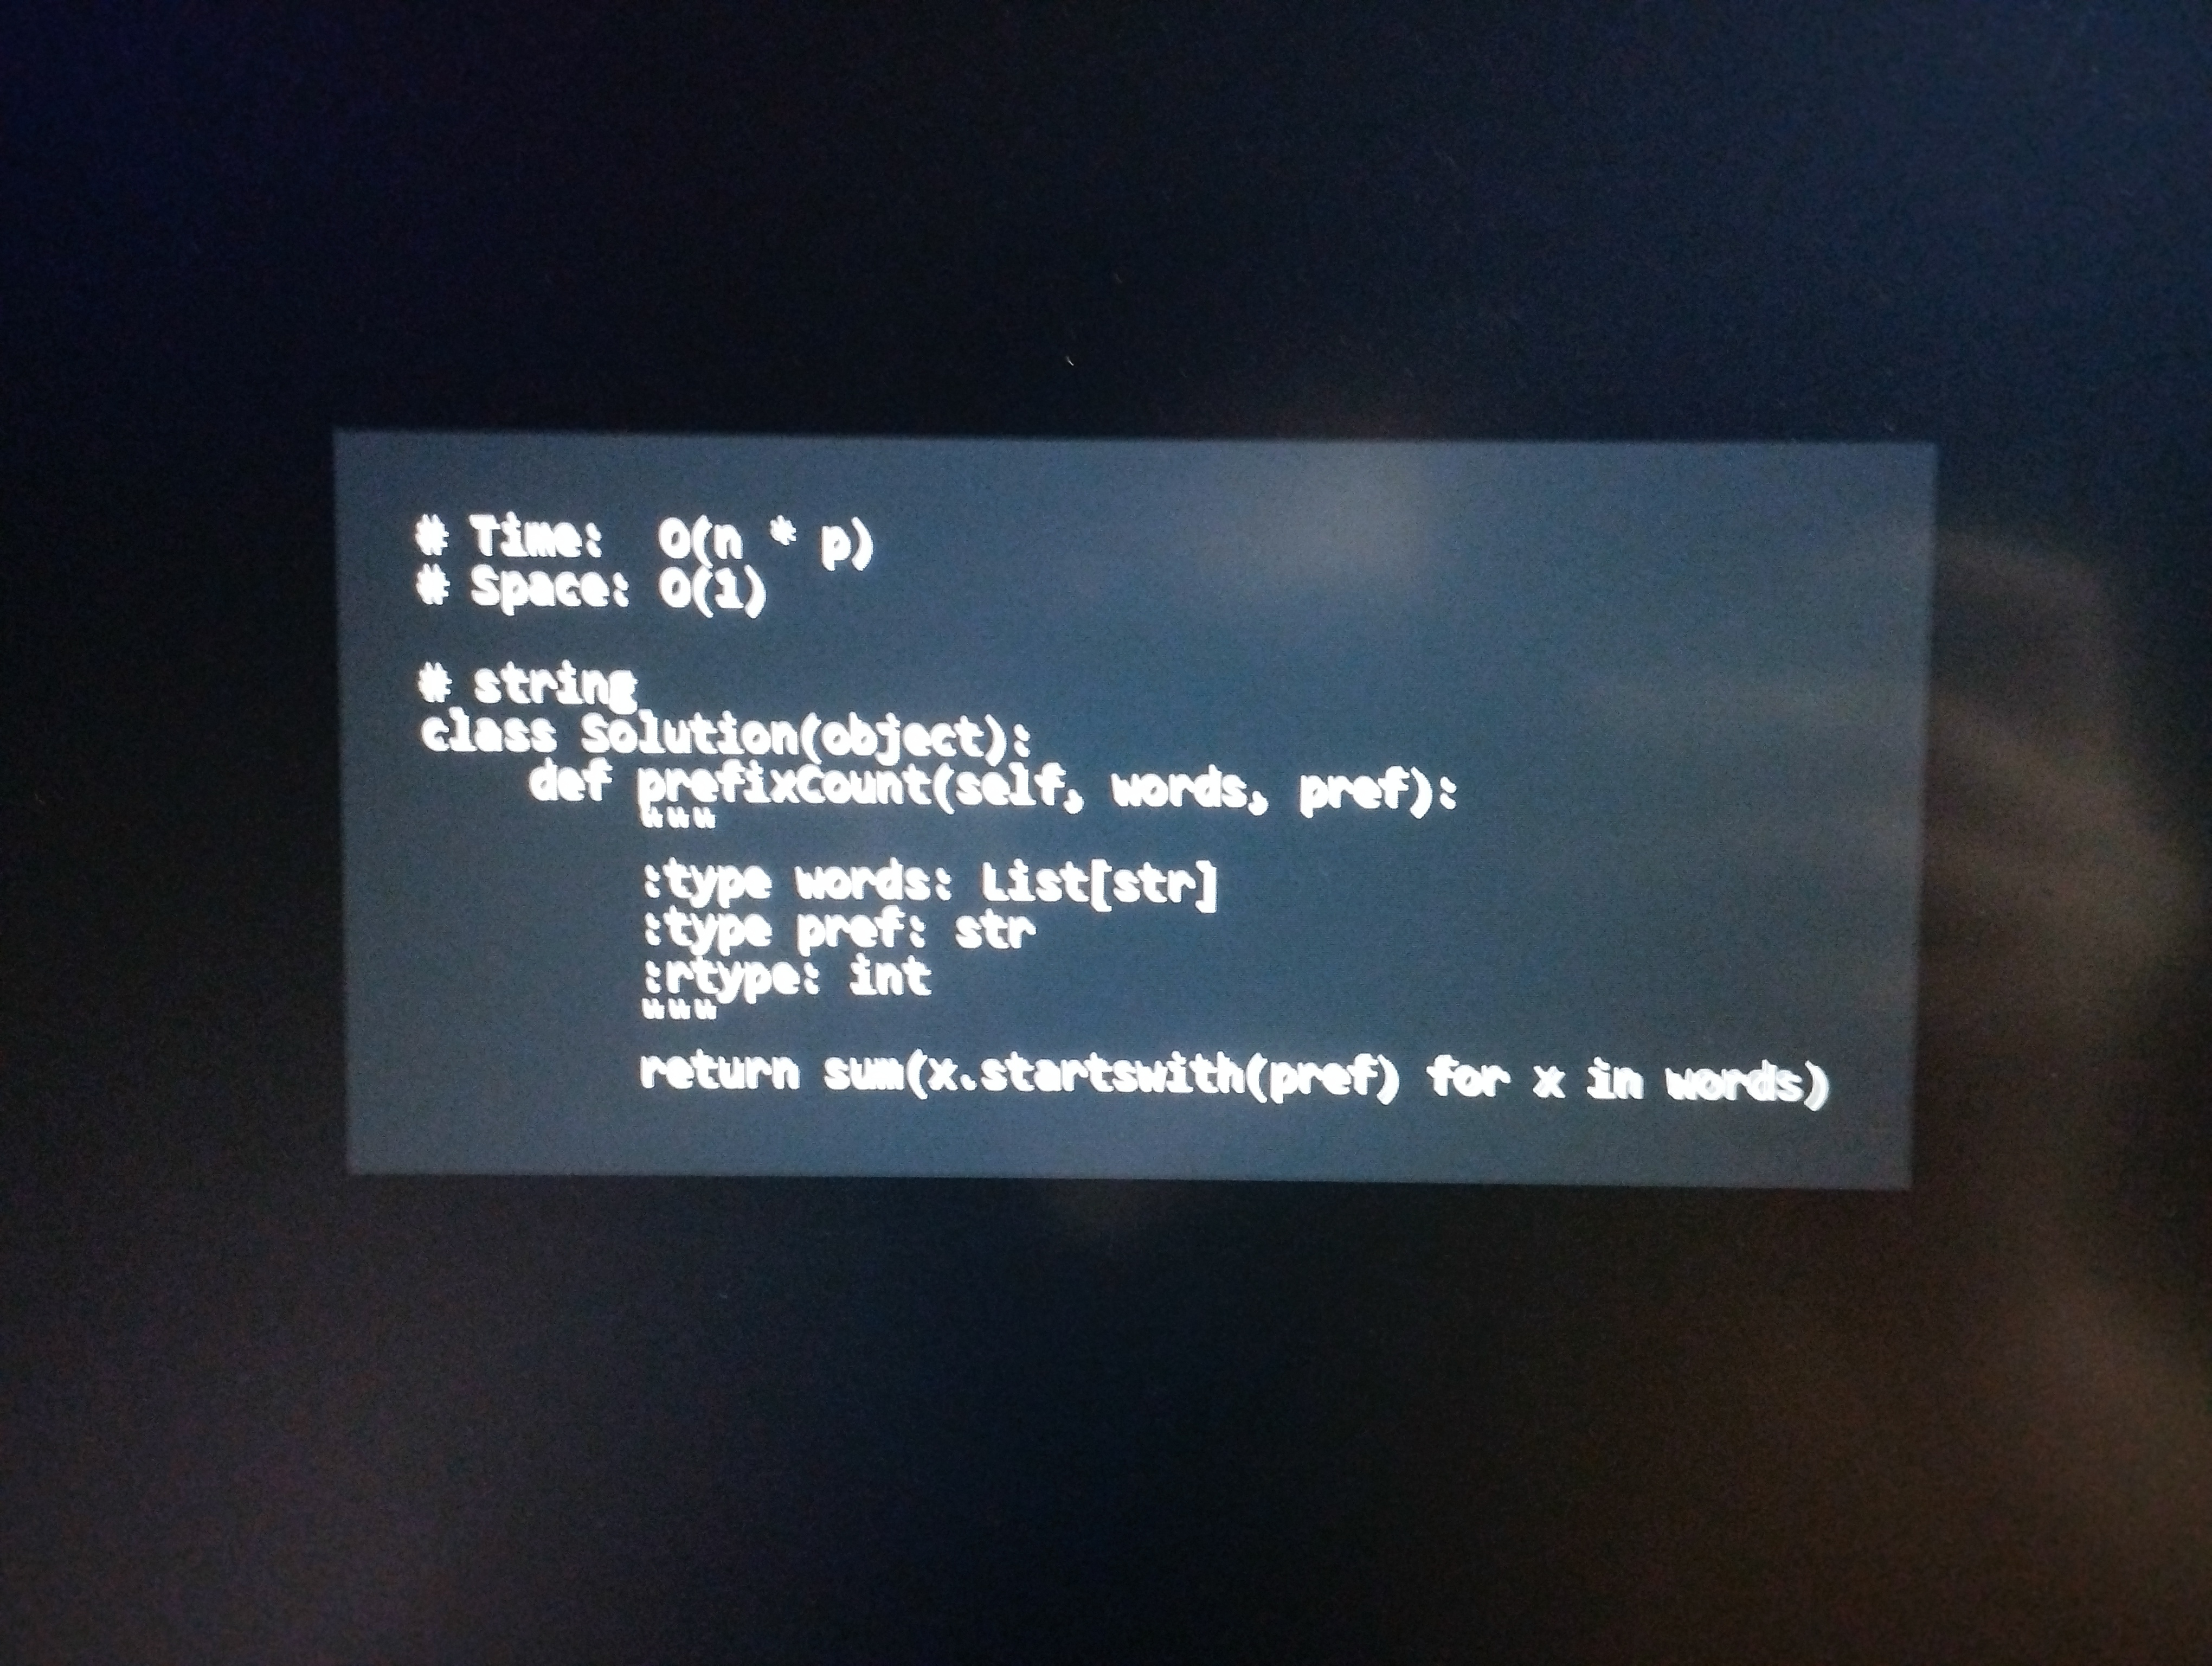
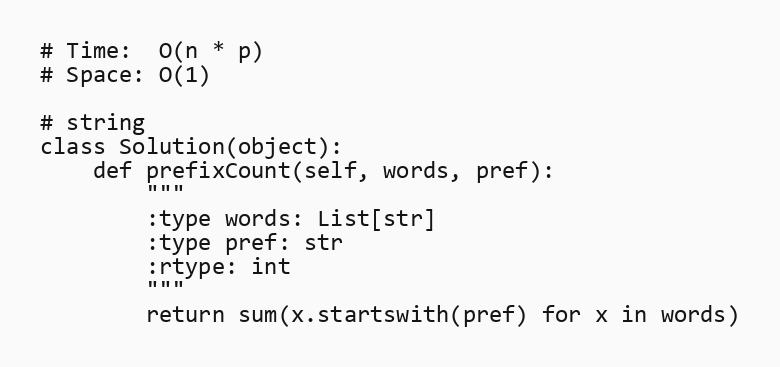
# Time:  O(n * p)
# Space: O(1)

# string
class Solution(object):
    def prefixCount(self, words, pref):
        """
        :type words: List[str]
        :type pref: str
        :rtype: int
        """
        return sum(x.startswith(pref) for x in words)